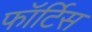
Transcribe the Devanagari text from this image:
फॉर्टिस